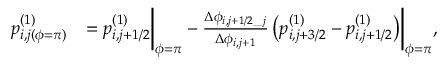
\begin{array} { r l } & { \begin{array} { r l } { p _ { i , j ( \phi = \pi ) } ^ { ( 1 ) } } & { = p _ { i , j + 1 / 2 } ^ { ( 1 ) } \biggr | _ { \phi = \pi } - \frac { \Delta \phi _ { i , j + 1 / 2 \_ j } } { \Delta \phi _ { i , j + 1 } } \left( p _ { i , j + 3 / 2 } ^ { ( 1 ) } - p _ { i , j + 1 / 2 } ^ { ( 1 ) } \right) \biggr | _ { \phi = \pi } , } \end{array} } \end{array}